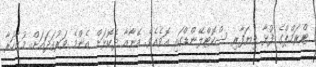
ޓްރަމްޕްގެ ފުޅާ ވިޔަފާރި ސްކޮޓްލޭންޑްގައި އޮވެއެވެ. އޭނާއާ ދެކޮޅަށް އެންމެ ވަރުގަދައަށް މުޒާހަރާ